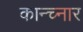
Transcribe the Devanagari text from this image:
कान्च्नार